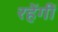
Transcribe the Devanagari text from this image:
रहेंगीं